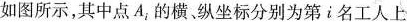
如图所示，其中点A，的横。纵坐标分别为第i名工人上